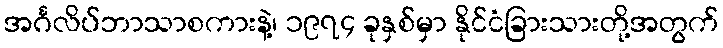
အင်္ဂလိပ်ဘာသာစကားနဲ့၊ ၁၉၇၄ ခုနှစ်မှာ နိုင်ငံခြားသားတို့အတွက်